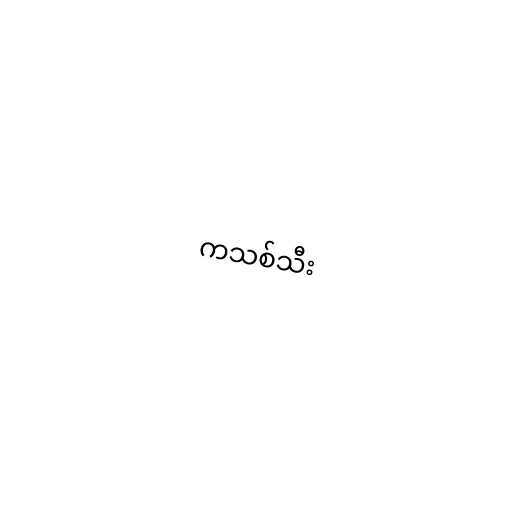
ကသစ်သီး